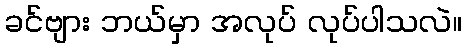
ခင်ဗျား ဘယ်မှာ အလုပ် လုပ်ပါသလဲ။